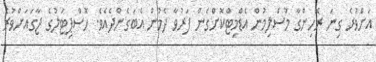
އަށްވުރެ ގިނަ ރޮހިންގާ މުސްލިމުން އެޑްމިޓްކޮށްގެން ފަރުވާ ދެމުން އެބަގެންދެއެވެ. ހޮސްޕިޓަލުގެ ޖާގައަށްވުރެ